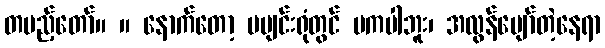
တပည့်တော်။ ။ နောက်တော့ မပျင်းရုံတွင် မကပါဘူး၊ အလွန်ပျော်တဲ့နေရာ